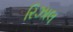
રિઝાલ